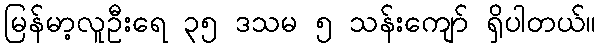
မြန်မာ့လူဦးရေ ၃၅ ဒသမ ၅ သန်းကျော် ရှိပါတယ်။